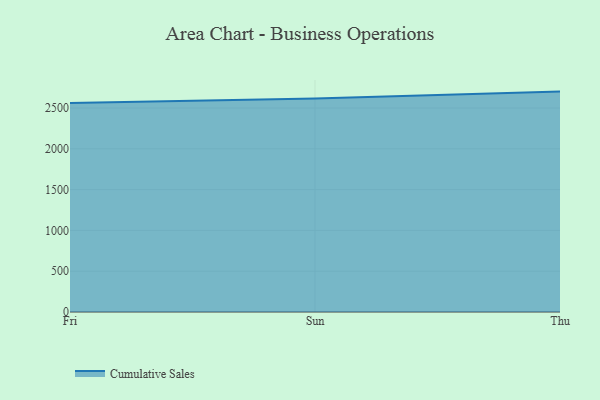
{"axis": {"x": "Day", "y": "Bounce Rate (%)"}, "legend": ["Cumulative Sales"], "data": [{"x": "Fri", "y": 2561.8, "type": "Cumulative Sales"}, {"x": "Sun", "y": 2615.8, "type": "Cumulative Sales"}, {"x": "Thu", "y": 2701.2, "type": "Cumulative Sales"}]}